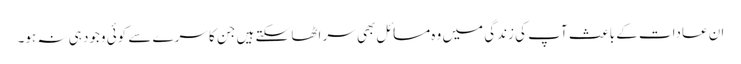
ان عادات کے باعث آپ کی زندگی میں وہ مسائل بھی سر اٹھا سکتے ہیں جن کا سرے سے کوئی وجود ہی نہ ہو۔